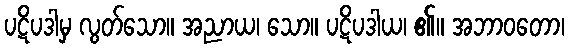
ပဋိပဒါမှ လွတ်သော။ အညာယ၊ သော။ ပဋိပဒါယ၊ ၏။ အဘာဝတော၊